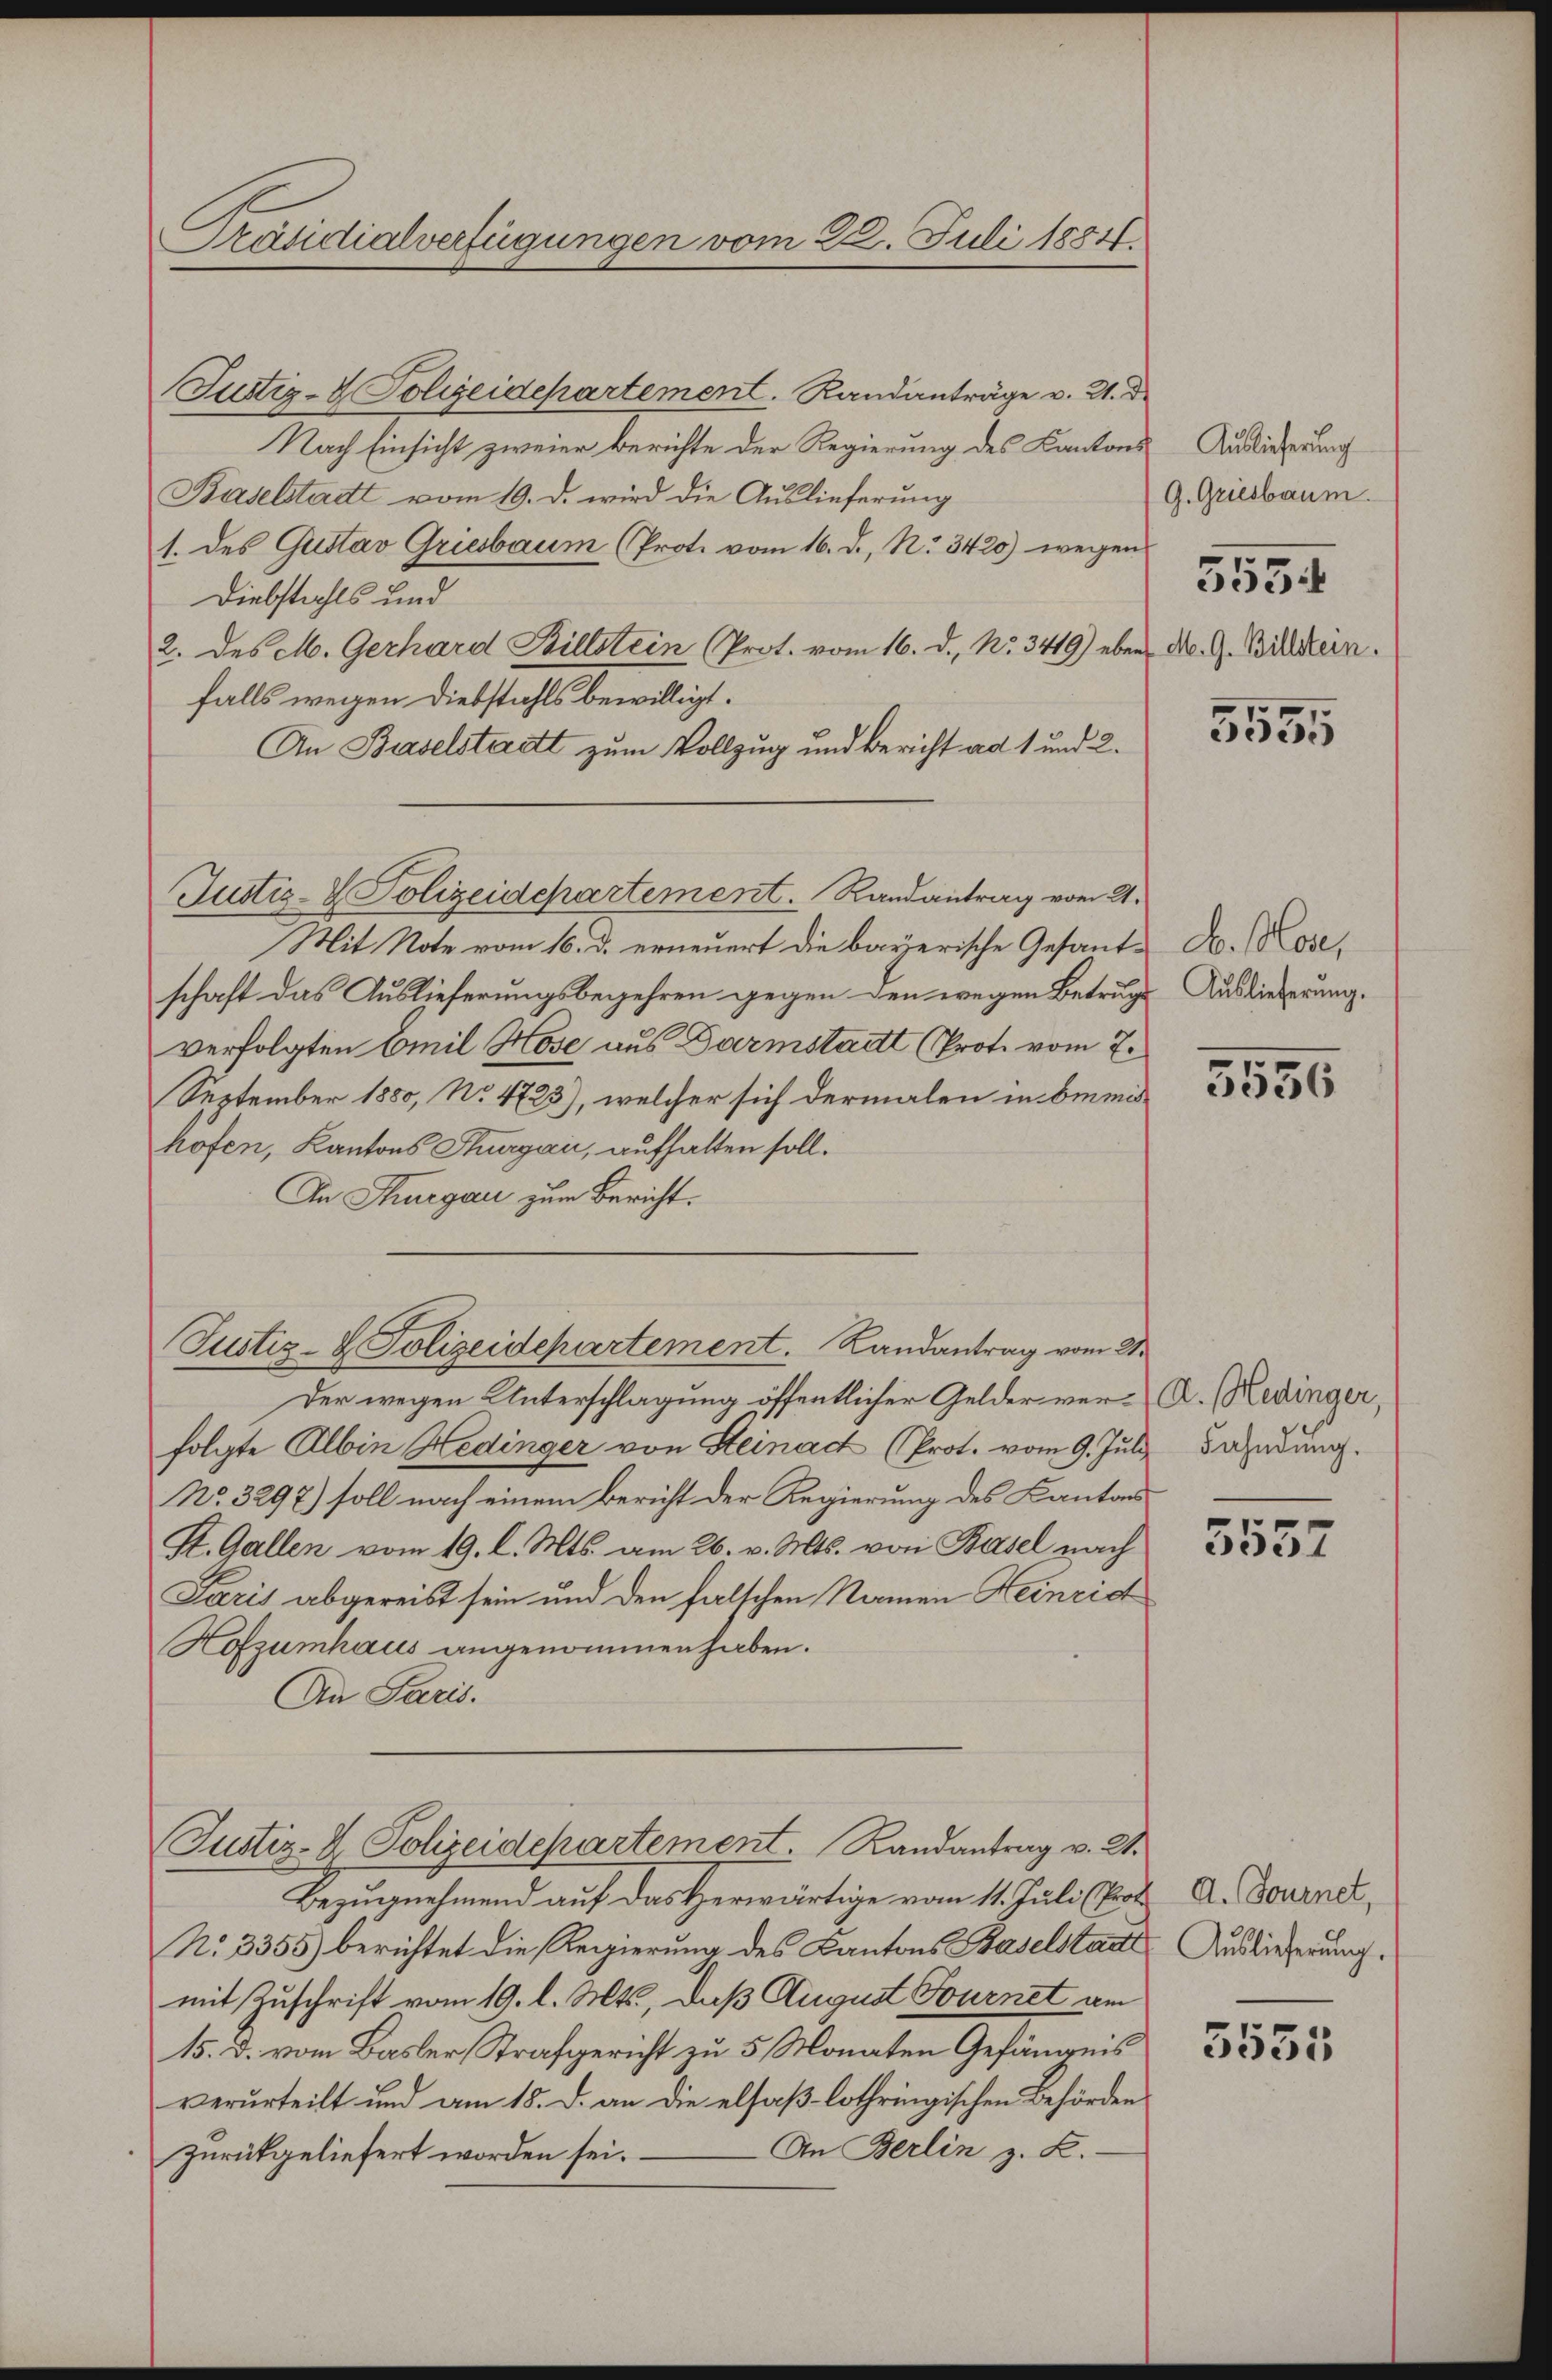
Präsidialverfügungen vom 22. Juli 1884.

Justiz- & Polizeidepartement. Randanträge v. 21. D
Nach Einsicht zweier berichte der Regierung des Kantons
Baselstadt vom 19. d. wird die Auslieferung
1. des Gustav Griesbaum (Prot. vom 16. d. R. 3420) wegens
Diebstahls und
2. des M. Gerhard Billstein (Prot. vom 16. d. No. 349) eben d. G. Bildern.
falls wegen Diebstahls bewilligt.
An Baselstadt zum Vollzug und Bericht ad 1 und 2.
Justiz- & Polizeidepartement. Randantrag vom 21.
Mit Note vom 16. d. erneuert die bayerische Gesant- A. Bose,
schaft das Auslieferungsbegehren gegen den wegen Betruge
verfolgten Emil Hose aus Darmstadt (Prot. vom 7.
September 1880, No 4723), welcher sich dermalen in bemishofen, Kantons Thurgaii, aufhalten soll.
An Thurgau zum Bericht.
Justiz- & Polizeidepartement. Randantrag vom 21.
Der wegen Unterschlagung öffentlicher Gelder ver-A. (Redinger,
folgte Albin Hedinger von Steinach (Prot. vom 9. Juli andung.
No. 3297) soll nach einem Bericht der Regierung des Kantons
St. Gallen vom 19. d. Mts. am 26. v. Mts. von Basel nach
Paris abgereist sein und den falschen Namen Heinric
Hofzumhaus angenommen haben.
An Paris.

Justiz- & Polizeidepartement. Randantrag v. 21.

Bezugnehmend auf das Herwärtige vom 11. Juli Prof.
No. 3355) berichtet die Regierung des Kantons Baselstadt
mit Zuschrift vom 19. l. Mts., daß August Fournet am
15. d. vom Basler Strafgericht zu 5 Monaten Gefängnis
verurteilt und am 18. d. an die elfaßlothringischen Behörden
An Berlin z. B.
zurückgeliefert worden sei.

Auslieferung
G. Griesbaum
5554

5555

Auslieferung.

5556

5557

A. Tournet,
Auslieferung.

3535